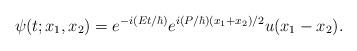
LaTeX: \begin{align*}\psi(t; x_1, x_2) = e^{-i({Et}/{\hbar})} e^{i({P}/{\hbar}) {(x_1+x_2)}/{2}}u(x_1-x_2) . \end{align*}